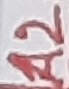
Text: A2